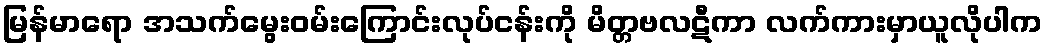
မြန်မာရော အသက်မွေးဝမ်းကြောင်းလုပ်ငန်းကို မိတ္တဗလဋီကာ လက်ကားမှာယူလိုပါက